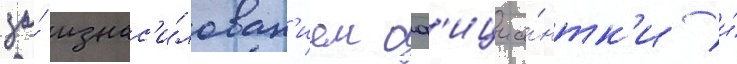
за́ изнас'и́лован'ием оф'ициа́нтк'и и́